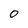
Character: O